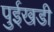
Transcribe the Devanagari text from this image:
पुईखडी